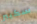
سكيبر